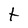
Character: t